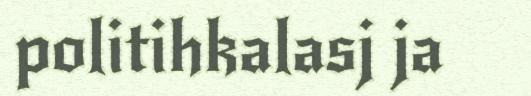
politihkalasj ja